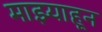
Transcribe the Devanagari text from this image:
माझ्याहून